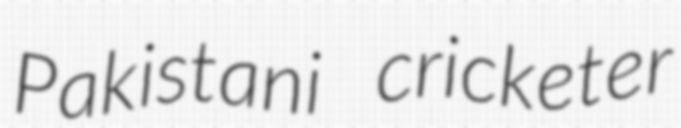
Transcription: Pakistani cricketer